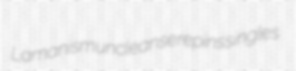
Lamanism uncleanse repins singles